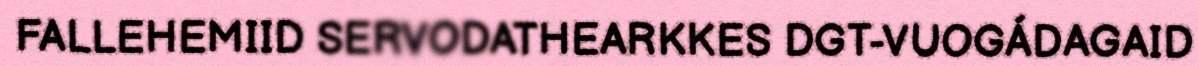
FALLEHEMIID SERVODATHEARKKES DGT-VUOGÁDAGAID